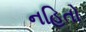
નહિતો